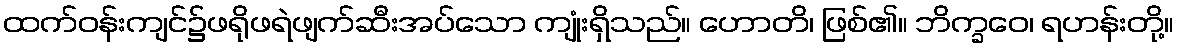
ထက်ဝန်းကျင်၌ဖရိုဖရဲဖျက်ဆီးအပ်သော ကျုံးရှိသည်။ ဟောတိ၊ ဖြစ်၏။ ဘိက္ခဝေ၊ ရဟန်းတို့။